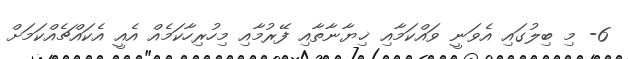
6- މި ބިލުގައި އެވަނީ ވައްކަމާއި ޚިޔާނާތާއި ފޭރުމާއި މިހުރިހާކަމެއް އެއީ އެކައްޗެއްކަމަށް